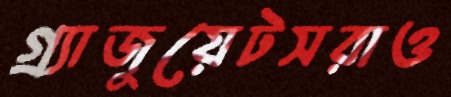
গ্র্যাজুয়েটসরাও